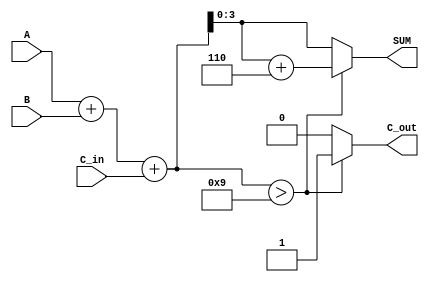
module BCD_Asynchronous_Adder (
    input [3:0] A,        // 4-bit BCD input A
    input [3:0] B,        // 4-bit BCD input B
    input C_in,           // Carry-in
    output reg [3:0] SUM, // 4-bit BCD output SUM
    output reg C_out      // Carry-out
);

    // Internal wire to hold the binary sum
    wire [4:0] S; // 5 bits to accommodate carry
    assign S = A + B + C_in; // Binary addition

    always @(*) begin
        // Default values
        SUM = 4'b0000;
        C_out = 1'b0;

        // Check if correction is needed
        if (S > 4'b1001) begin
            SUM = S + 4'b0110; // Add 6 for BCD correction
            C_out = 1'b1;      // Set carry-out
        end else begin
            SUM = S[3:0];      // No correction needed
            C_out = 1'b0;      // No carry-out
        end
    end

endmodule